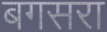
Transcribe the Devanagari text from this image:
बगसरा